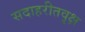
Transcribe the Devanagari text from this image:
सदाहरीतवृक्ष